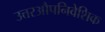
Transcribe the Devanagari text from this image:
उत्तरऔपनिवेशिक